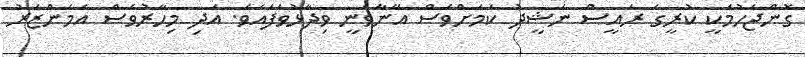
ގޮންޖެހުމަކީ ކުރީގެ ރައީސް ނަޝީދު ކަމަށްވެސް އޭނާވަނީ ވިދާޅުވެފައެވެ. އަދި މިހާރުވެސް އެމަންޒަރު